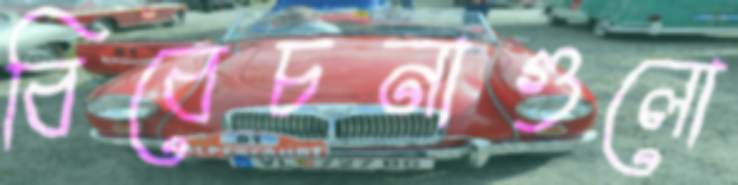
বিবেচনাগুলো